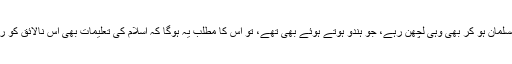
اگر میرے بیٹے کے مسلمان ہو کر بھی وہی لچھن رہے، جو ہندو ہوتے ہوئے بھی تھے، تو اس کا مطلب یہ ہوگا کہ اسلام کی تعلیمات بھی اس نالائق کو راہ راست پر نہیں لائیں۔